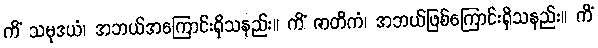
ကိံ သမုဒယံ၊ အဘယ်အကြောင်းရှိသနည်း။ ကိံ ဇာတိကံ၊ အဘယ်ဖြစ်ကြောင်းရှိသနည်း။ ကိံ